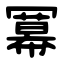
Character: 冪